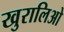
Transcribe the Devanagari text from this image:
खुरालिओ